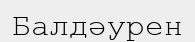
Балдәурен